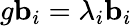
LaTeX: g{\mathbf b}_{i}=\lambda_{i}{\mathbf b}_{i}